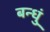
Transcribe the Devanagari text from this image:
बन्धुं